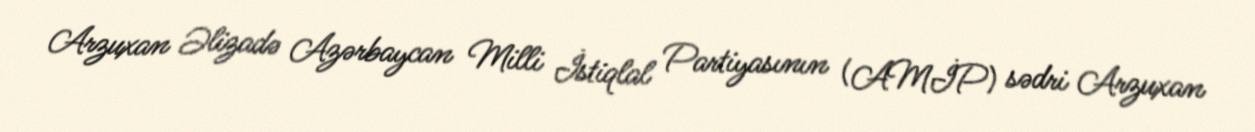
Arzuxan Əlizadə Azərbaycan Milli İstiqlal Partiyasının (AMİP) sədri Arzuxan